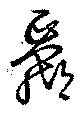
蠃